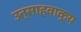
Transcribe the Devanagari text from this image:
उत्साहवाक्य